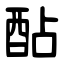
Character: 酟